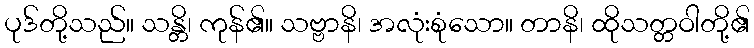
ပုဒ်တို့သည်။ သန္တိ၊ ကုန်၏။ သဗ္ဗာနိ၊ အလုံးစုံသော။ တာနိ၊ ထိုသတ္တဝါတို့၏